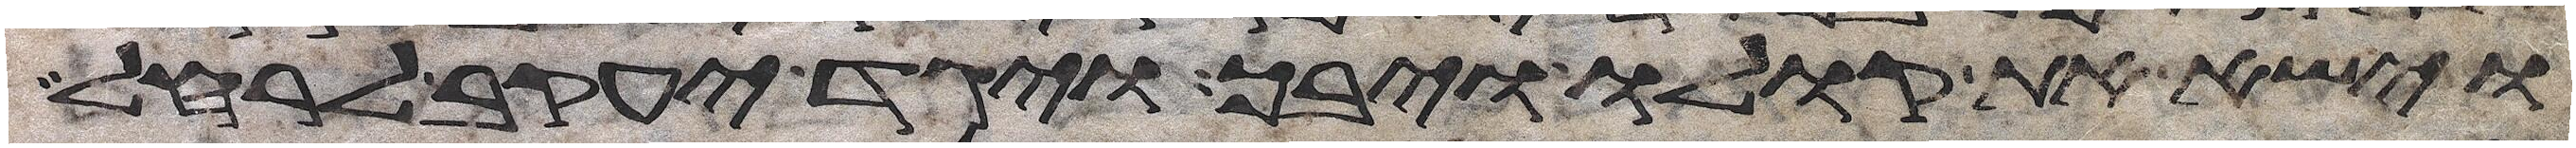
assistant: וישא את קולו ויבך ויגד יעקב לרחל